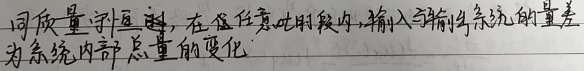
同质量守恒时，在任意时段内，输入与输出系统的量差为系统内部总量的变化。